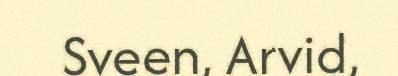
Sveen, Arvid,